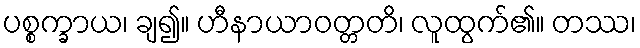
ပစ္စက္ခာယ၊ ချ၍။ ဟီနာယာဝတ္တတိ၊ လူထွက်၏။ တဿ၊